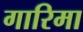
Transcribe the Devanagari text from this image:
गारिमा